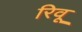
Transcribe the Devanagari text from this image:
रिवू